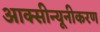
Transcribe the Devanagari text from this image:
आक्सीन्यूनीकरण